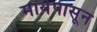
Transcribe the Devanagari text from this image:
मायेपासून